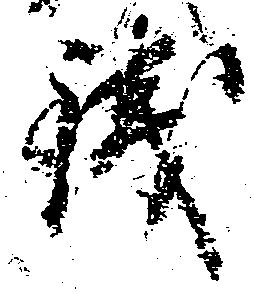
残